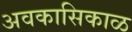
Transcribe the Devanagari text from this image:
अवकासिकाळ